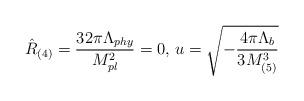
LaTeX: \begin{align*}\hat R_{(4)}=\frac{32\pi\Lambda_{phy}}{M_{pl}^2}=0,\,u=\sqrt{-\frac{4\pi \Lambda_b}{3 M_{(5)}^3}}\end{align*}